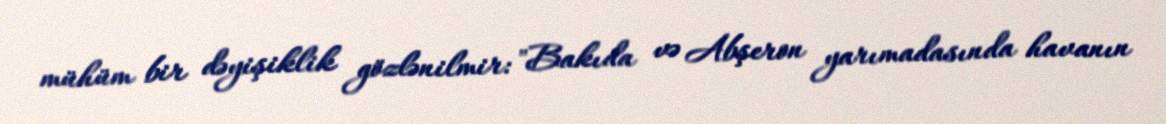
mühüm bir dəyişiklik gözlənilmir: "Bakıda və Abşeron yarımadasında havanın